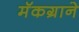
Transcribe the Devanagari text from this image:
मॅकग्राने